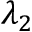
\lambda _ { 2 }